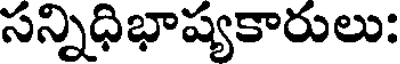
సన్నిధిభాష్యకారులు: